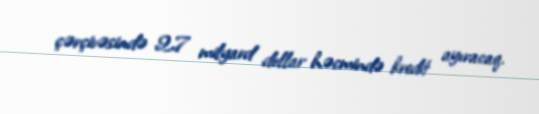
çərçivəsində 2,7 milyard dollar həcmində kredit ayıracaq.